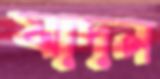
যাদন